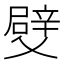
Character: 䢃